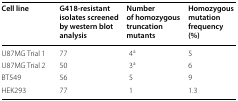
| Cell line | G418-resistant isolates screened by western blot analysis | Number of homozygous truncation mutants | Homozygous mutation frequency (%) |
 | --- | --- | --- | --- |
 | U87MG Trial 1 | 77 | 4a | 5 |
 | U87MG Trial 2 | 50 | 3a | 6 |
 | BT549 | 56 | 5 | 9 |
 | HEK293 | 77 | 1 | 1.3 |